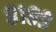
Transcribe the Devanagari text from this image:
८१८९